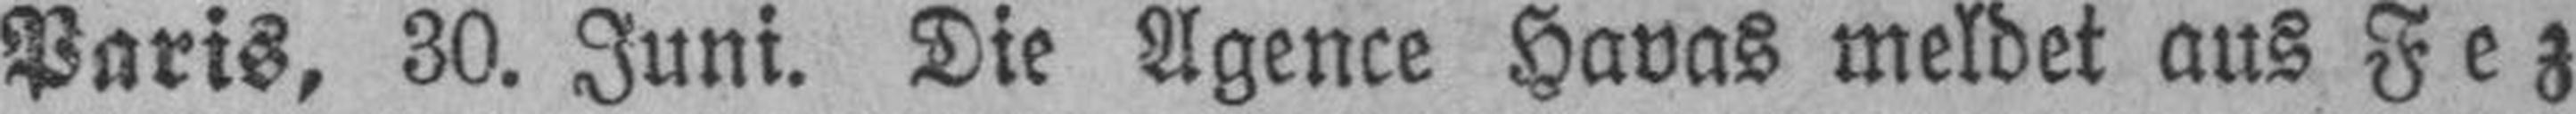
Paris, 30. Juni. Die Agence Havas meldet aus Fez